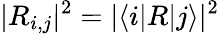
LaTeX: |R_{i,j}|^{2}=|\langle i|R|j\rangle|^{2}